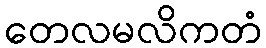
တေလမလိကတံ